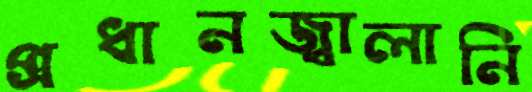
প্রধানজ্বালানি